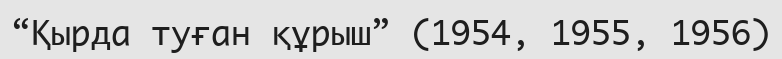
“Қырда туған құрыш” (1954, 1955, 1956)